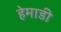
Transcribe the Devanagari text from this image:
हेमाडी